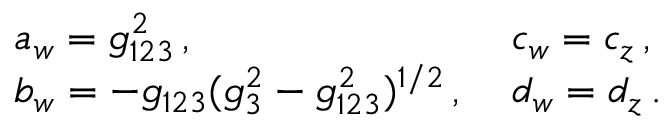
\begin{array} { l l } { { a _ { w } = g _ { 1 2 3 } ^ { 2 } \, , \; } } & { { c _ { w } = c _ { z } \, , } } \\ { { b _ { w } = - g _ { 1 2 3 } ( g _ { 3 } ^ { 2 } - g _ { 1 2 3 } ^ { 2 } ) ^ { 1 / 2 } \, , \; } } & { { d _ { w } = d _ { z } \, . } } \end{array}